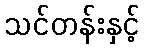
သင်တန်းနှင့်